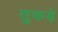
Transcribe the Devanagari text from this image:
तुकड़े